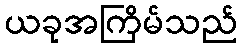
ယခုအကြိမ်သည်